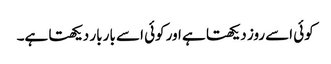
کوئی اسے روز دیکھتا ہے اور کوئی اسے بار بار دیکھتا ہے۔